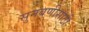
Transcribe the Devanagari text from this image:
सुनवणीसाठी